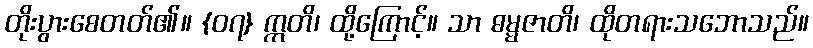
တိုးပွားစေတတ်၏။ {၀၇} ဣတိ၊ ထို့ကြောင့်။ သာ ဓမ္မဇာတိ၊ ထိုတရားသဘောသည်။